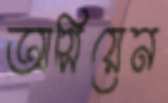
আসিয়েন